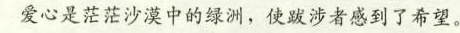
爱心是茫茫沙漠中的绿洲，使跋涉者感到了希望。